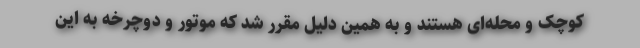
کوچک و محله‌ای هستند و به همین دلیل مقرر شد که موتور و دوچرخه به این